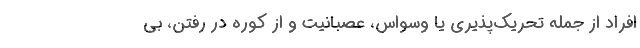
افراد از جمله تحریک‌پذیری یا وسواس، عصبانیت و از کوره در رفتن، بی